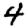
Digit: 4